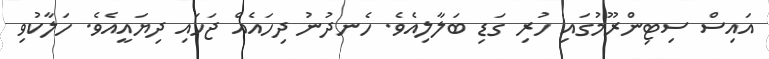
އައިސް ސިޓިންރޫމުގައި ހުރި ގަޑި ބަލާލިއެވެ. ހެނދުނު ދިހައެއް ޖަހައި ދިޔައީއެވެ. ހަލާކުވި